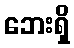
ဘေးရှိ